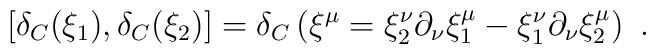
\left[\delta_C(\xi_1),\delta_C(\xi_2)\right]=\delta_C\left(\xi^\mu=\xi_2^\nu\partial_\nu\xi_1^\mu-\xi_1^\nu\partial_\nu\xi_2^\mu\right)\ .